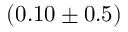
( 0 . 1 0 \pm 0 . 5 )